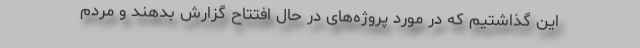
این گذاشتیم که در مورد پروژه‌های در حال افتتاح گزارش بدهند و مردم